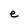
Character: e